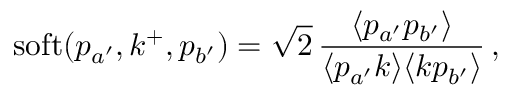
\mathrm { s o f t } ( p _ { a ^ { \prime } } , k ^ { + } , p _ { b ^ { \prime } } ) = \sqrt { 2 } \, { \frac { \langle p _ { a ^ { \prime } } p _ { b ^ { \prime } } \rangle } { \langle p _ { a ^ { \prime } } k \rangle \langle k p _ { b ^ { \prime } } \rangle } } \, ,